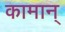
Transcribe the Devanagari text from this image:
कामान्